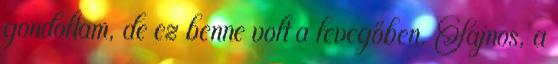
gondoltam, de ez benne volt a levegőben. Sajnos, a